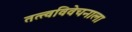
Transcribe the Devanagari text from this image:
तत्त्वविवेचनाला